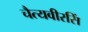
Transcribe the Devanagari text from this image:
चैत्यवीरसिं